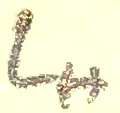
Text: LH